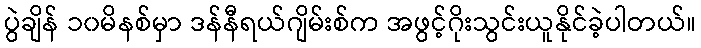
ပွဲချိန် ၁၀မိနစ်မှာ ဒန်နီရယ်ဂျိမ်းစ်က အဖွင့်ဂိုးသွင်းယူနိုင်ခဲ့ပါတယ်။